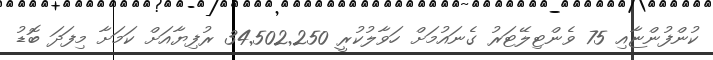
ކުންފުންޏާއި 75 ވެންޓިލޭޓަރު ގެނައުމަށް ހަވާލުކުރީ 34